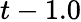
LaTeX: t-1.0